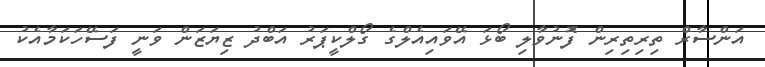
އަންސާރް ތިރިތިރިން ފޮުނުވާލި ބޯޅަ އޭވައިއެލްގެ ގޯލްކީޕަރު އަބްދު ޒިޔަޒަން ވަނީ ފަސޭހަކަމާއެކު